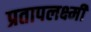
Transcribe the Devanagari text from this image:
प्रतापलक्ष्मी